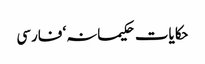
حکایات حکیمانہ‘ فارسی